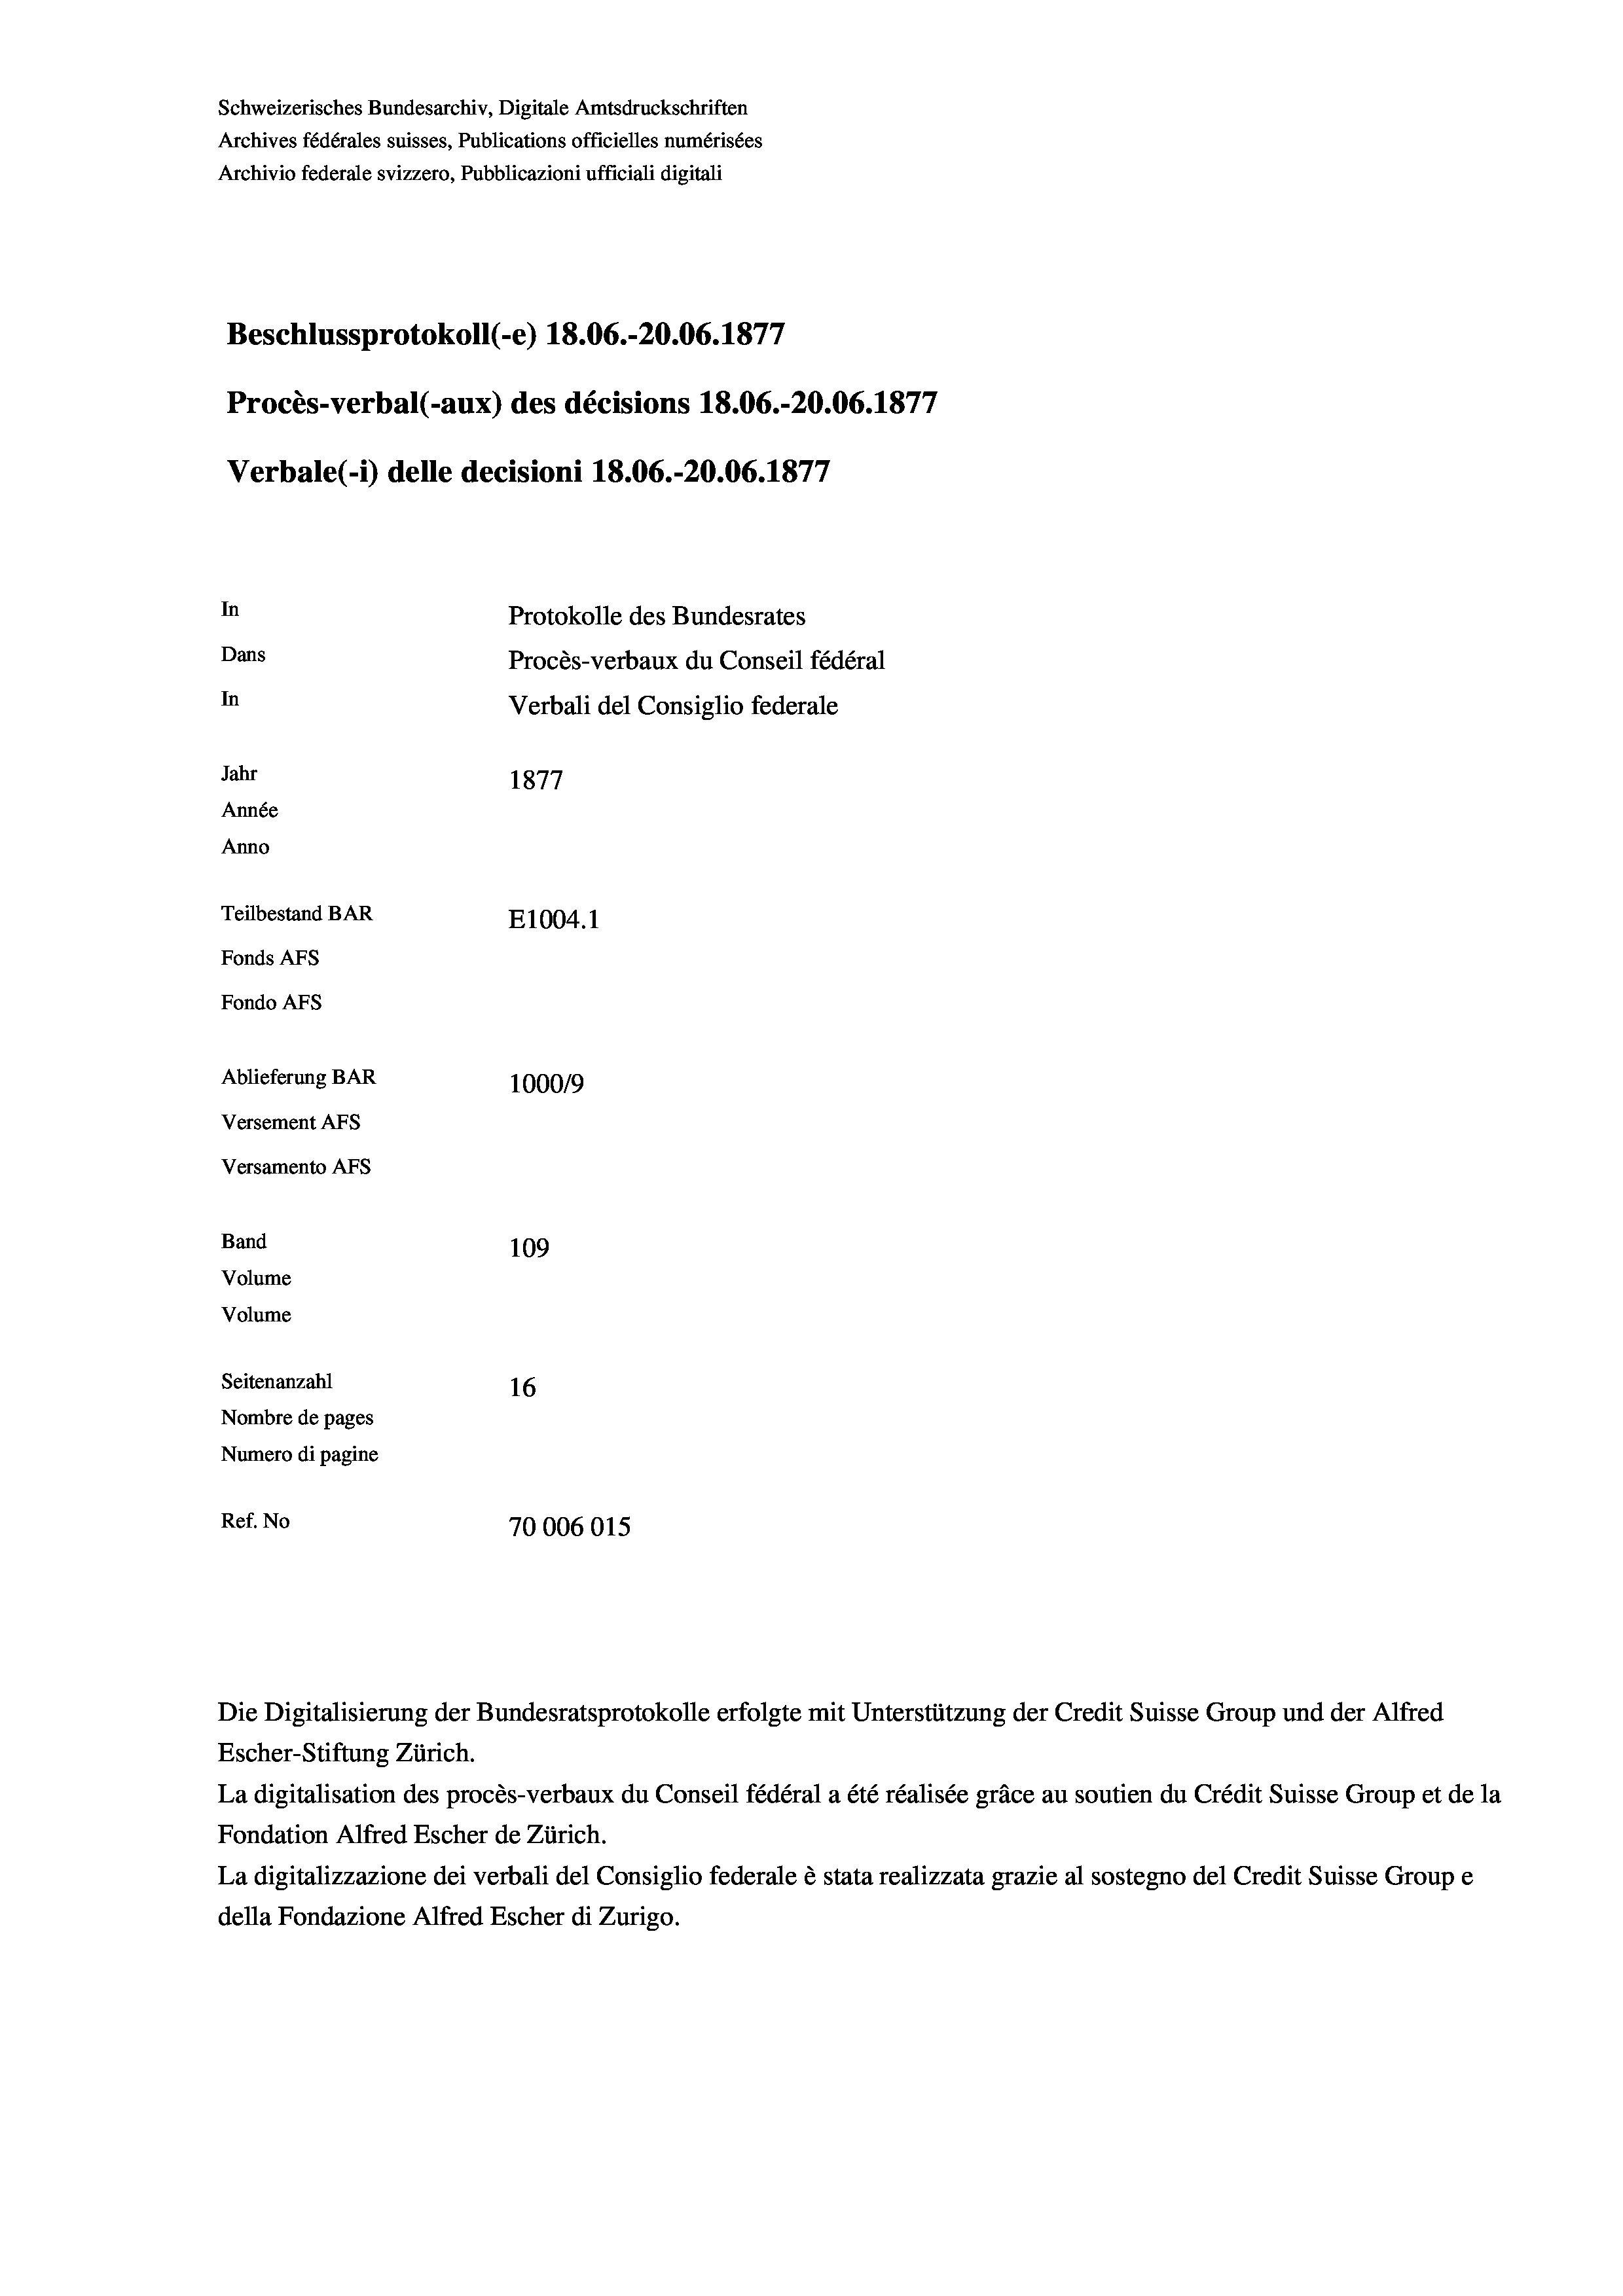
Schweizerisches Bundesarchiv, Digitale Amtsdruckschriften
Archives fédérales suisses, Publications officielles numérisées
Archivio federale svizzero, Pubblicazioni ufficiali digitali
Beschlussprotokoll (-e) 18.06.-20.06. 1877
Procès-verbal (-aux) des décisions 18.06.-20.06. 1877
Verbale (- 1) delle decisioni 18.06.-20.06. 1877
In
Protokolle des Bundesrates
Dans
Procès-verbaux du Conseil fédéral
In
Verbali del Consiglio federale
Jahr
1877
Année
Anno
Teilbestand BAR
E1004.1
Fonds AFs
Fondo Afs
Ablieferung BAR
100019
Versement AFs
Versamento Afs

Band
Volume
Volume

109
Seitenanzahl
16
Nombre de pages
Numero di pagine
Ref. No
70006015

La digitalisation des procès-verbaux du Conseil fédéral a été réalisée gräce au soutien du Crédit Suisse Group et de la
Fondation Alfred Escher de Zürich.
La digitalizzazione dei verbali del Consiglio federale è stata realizzata grazie al sostegno del Credit Suisse Groupe
della Fondazione Alfred Escher di Zurigo.

Die Digitalisierung der Bundesratsprotokolle erfolgte mit Unterstützung der Credit Suisse Group und der Alfred
Escher-Stiftung Zürich.